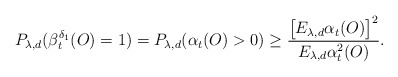
\begin{align*}P_{\lambda,d}(\beta^{\delta_1}_t(O)=1)=P_{\lambda,d}(\alpha_t(O)>0)\geq\frac{\big[E_{\lambda,d}\alpha_t(O)\big]^2}{E_{\lambda,d}\alpha_t^2(O)}.\end{align*}